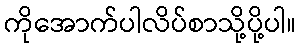
ကိုအောက်ပါလိပ်စာသို့ပို့ပါ။